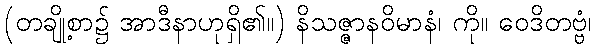
(တချို့စာ၌ အာဒီနာဟုရှိ၏။) နိသဇ္ဇာနဝိမာနံ၊ ကို။ ဝေဒိတဗ္ဗံ၊